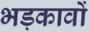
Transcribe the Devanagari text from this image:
भड़कावों